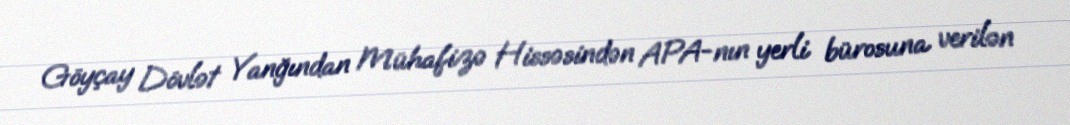
Göyçay Dövlət Yanğından Mühafizə Hissəsindən APA-nın yerli bürosuna verilən